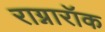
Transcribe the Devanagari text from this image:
राग्नारॉक